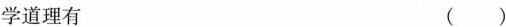
学道理有 （ ）